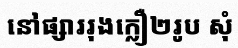
នៅផ្សាររុងក្លឿ២រូប សុំ